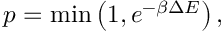
p = \operatorname* { m i n } \left( 1 , e ^ { - \beta \Delta E } \right) ,